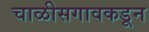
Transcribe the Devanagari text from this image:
चाळीसगावकडून